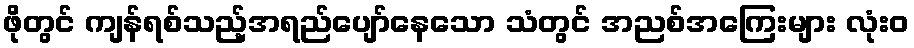
ဖိုတွင် ကျန်ရစ်သည့်အရည်ပျော်နေသော သံတွင် အညစ်အကြေးများ လုံးဝ